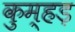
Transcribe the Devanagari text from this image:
कुम्हड़